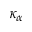
\kappa _ { \alpha }